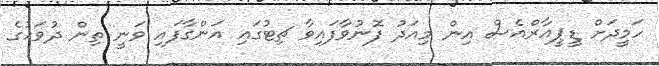
ހަމީދަށް ޑީޕީއާރްއެސް އިން މިއަދު ފޮނުވާފައިވާ ޗިޓުގައި އަންގާފައި ވަނީ ތިން ދުވަހުގެ